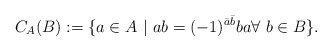
\begin{align*} C_A(B):= \{a \in A\ |\ ab=(-1)^{\bar a \bar b}ba \forall\ b\in B\}.\end{align*}